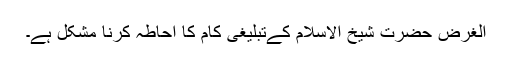
الغرض حضرت شیخ الاسلام کےتبلیغی کام کا احاطہ کرنا مشکل ہے۔